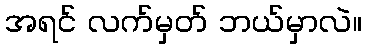
အရင် လက်မှတ် ဘယ်မှာလဲ။